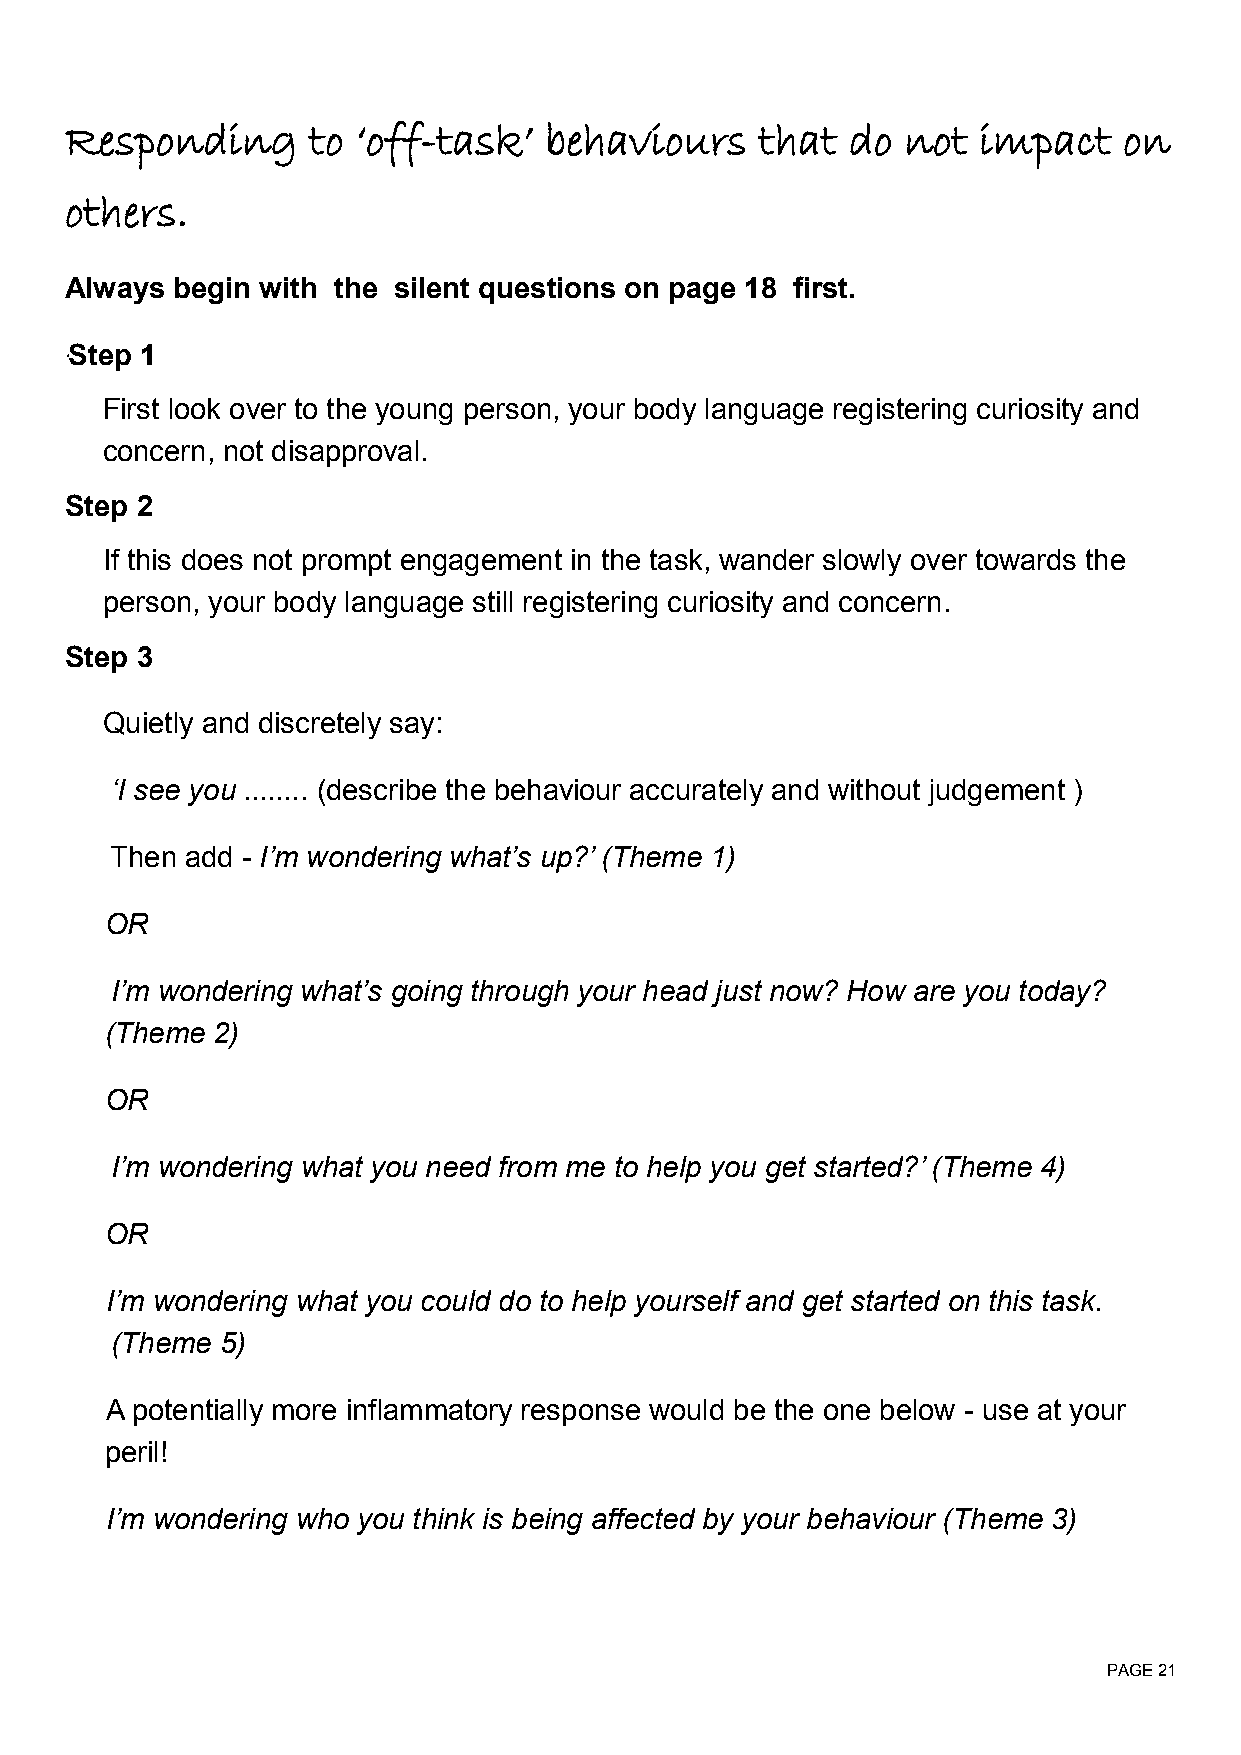
Responding      to  ‘off-task’  behaviours    that  do  not  impact   on
 others.
 Always begin with the silent questions on page 18 first.
 Step 1
 ‘
 First look over to the young person, your body language registering curiosity and
 concern, not disapproval.
 Step 2
 If this does not prompt engagement in the task, wander slowly over towards the
 person, your body language still registering curiosity and concern.
 Step 3
 Quietly and discretely say:
 ‘I see you ........ (describe the behaviour accurately and without judgement )
 Then add - I’m wondering what’s up?’ (Theme 1)
 OR
 I’m wondering what’s going through your head just now? How are you today?
 (Theme 2)
 OR
 I’m wondering what you need from me to help you get started?’ (Theme 4)
 OR
 I’m wondering what you could do to help yourself and get started on this task.
 (Theme  5)
 A potentially more inflammatory response would be the one below - use at your
 peril!
 I’m wondering who you think is being affected by your behaviour (Theme 3)
 PAGE 21